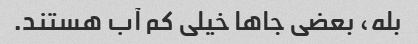
بله، بعضی جاها خیلی کم آب هستند.